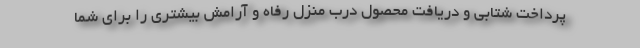
پرداخت شتابی و دریافت محصول درب منزل رفاه و آرامش بیشتری را برای شما